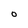
Character: O